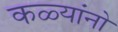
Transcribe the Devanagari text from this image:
कळ्यांनो